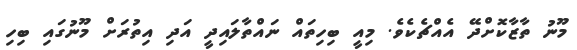
މޫނު ތާޒާކޮށްދޭ އެއްޗެކެވެ. މިއީ ބިހިތައް ނައްތާލައިދީ އަދި އިތުރަށް މޫނުގައި ބިހި